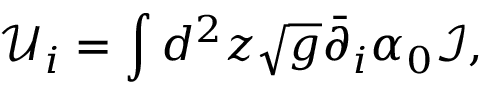
{ \mathcal U } _ { i } = \int d ^ { 2 } z \sqrt { g } \bar { \partial } _ { i } \alpha _ { 0 } \mathcal I ,